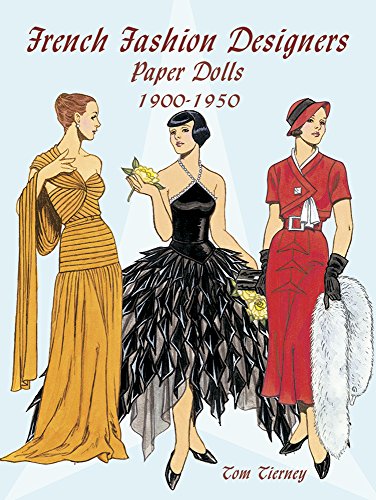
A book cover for French Fashion Designers Paper Dolls: 1900-1950 (Dover Paper Dolls); Tom Tierney; Crafts, Hobbies & Home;